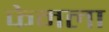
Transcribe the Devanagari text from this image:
फेमला